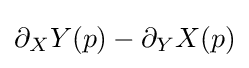
\partial _{X}Y(p)-\partial _{Y}X(p)